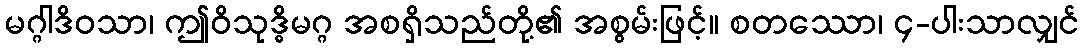
မဂ္ဂါဒိဝသာ၊ ဤဝိသုဒ္ဓိမဂ္ဂ အစရှိသည်တို့၏ အစွမ်းဖြင့်။ စတဿော၊ ၄-ပါးသာလျှင်